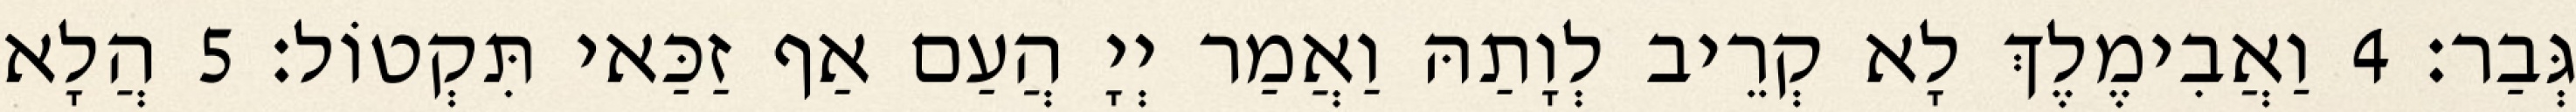
גְּבַר׃ 4 וַאֲבִימֶלֶךְ לָא קְרֵיב לְוָתַהּ וַאֲמַר יְיָ הֲעַם אַף זַכַּאי תִּקְטוֹל׃ 5 הֲלָא